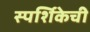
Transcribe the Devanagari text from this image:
स्पर्शिकेची